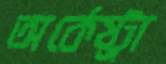
অর্কেষ্ট্রা